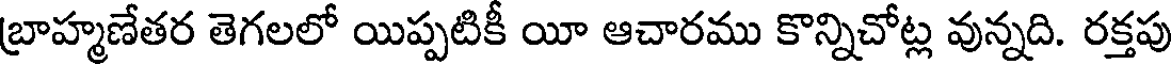
బ్రాహ్మణేతర తెగలలో యిప్పటికీ యీ ఆచారము కొన్నిచోట్ల వున్నది. రక్తపు